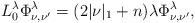
LaTeX: \begin{align*}L_0^\lambda\Phi_{\nu,\nu'}^\lambda = (2|\nu|_1+n) \lambda \Phi_{\nu,\nu'}^\lambda,\end{align*}